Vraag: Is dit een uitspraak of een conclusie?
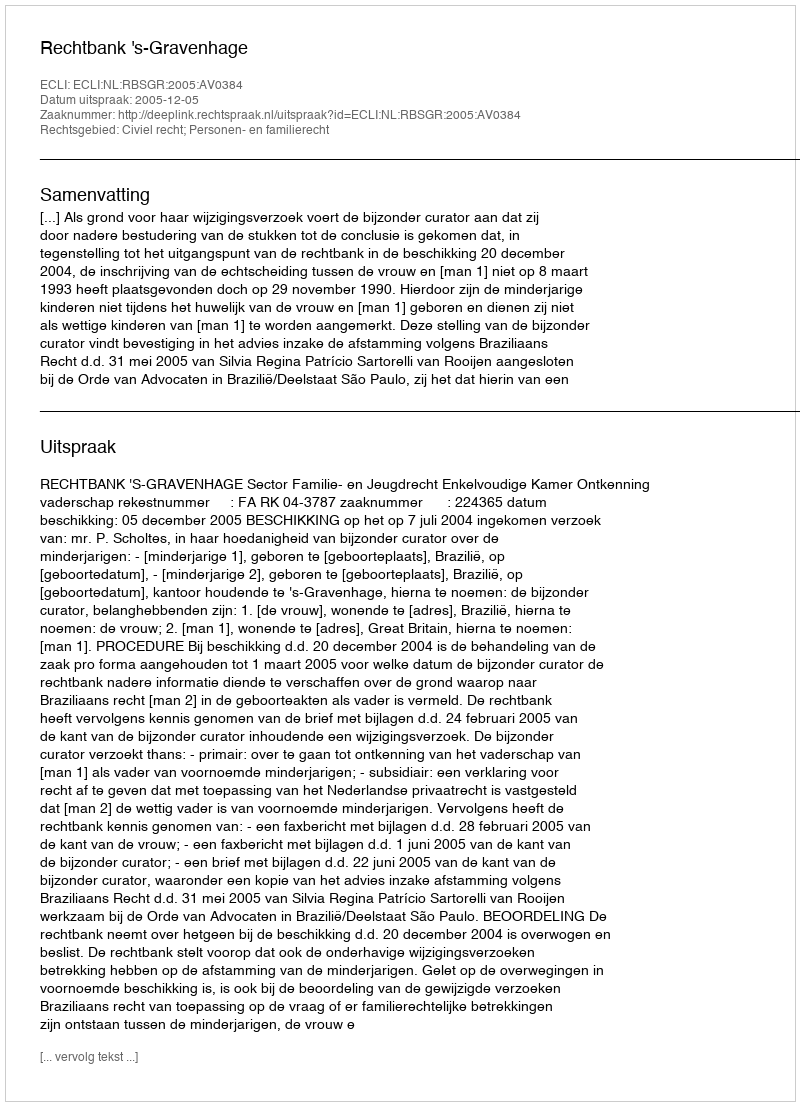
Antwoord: Uitspraak